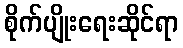
စိုက်ပျိုးရေးဆိုင်ရာ